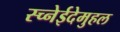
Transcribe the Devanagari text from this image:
स्च्नेईदेमुहल